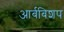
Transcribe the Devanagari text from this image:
आर्बबिशप